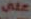
على